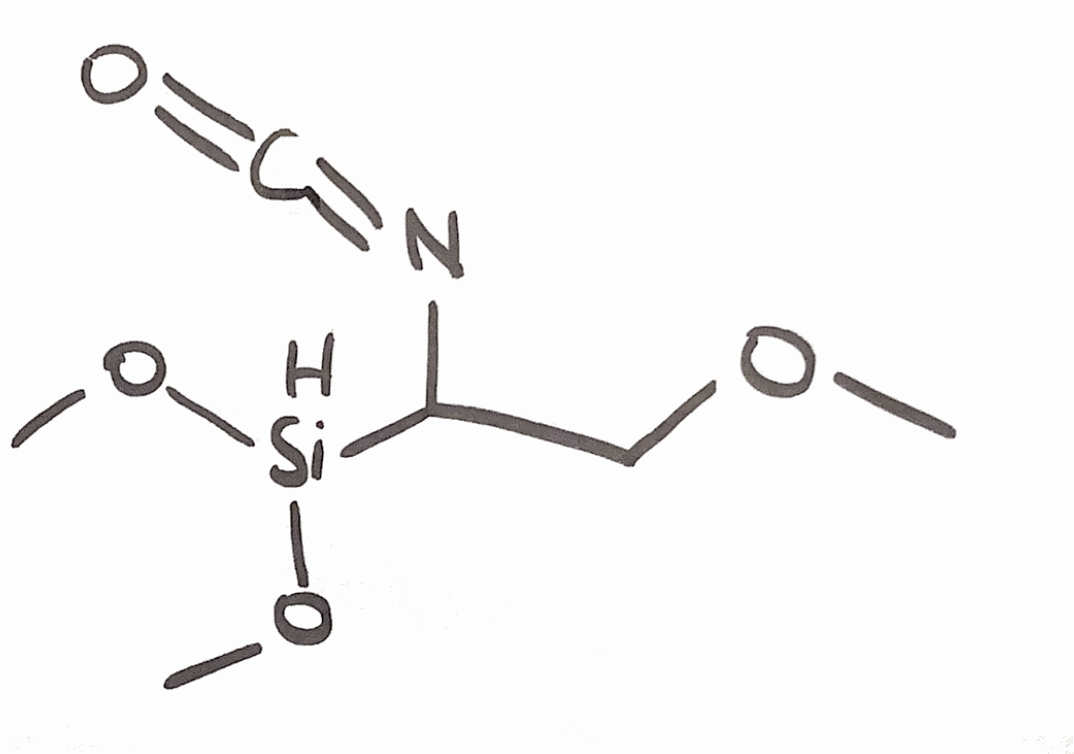
Simplified molecular-input line-entry system (SMILES) notation of the given molecule:
COCC(N=C=O)[SiH](OC)OC